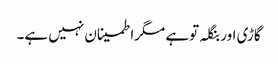
گاڑی اور بنگلہ توہے مگراطمینان نہیں ہے۔